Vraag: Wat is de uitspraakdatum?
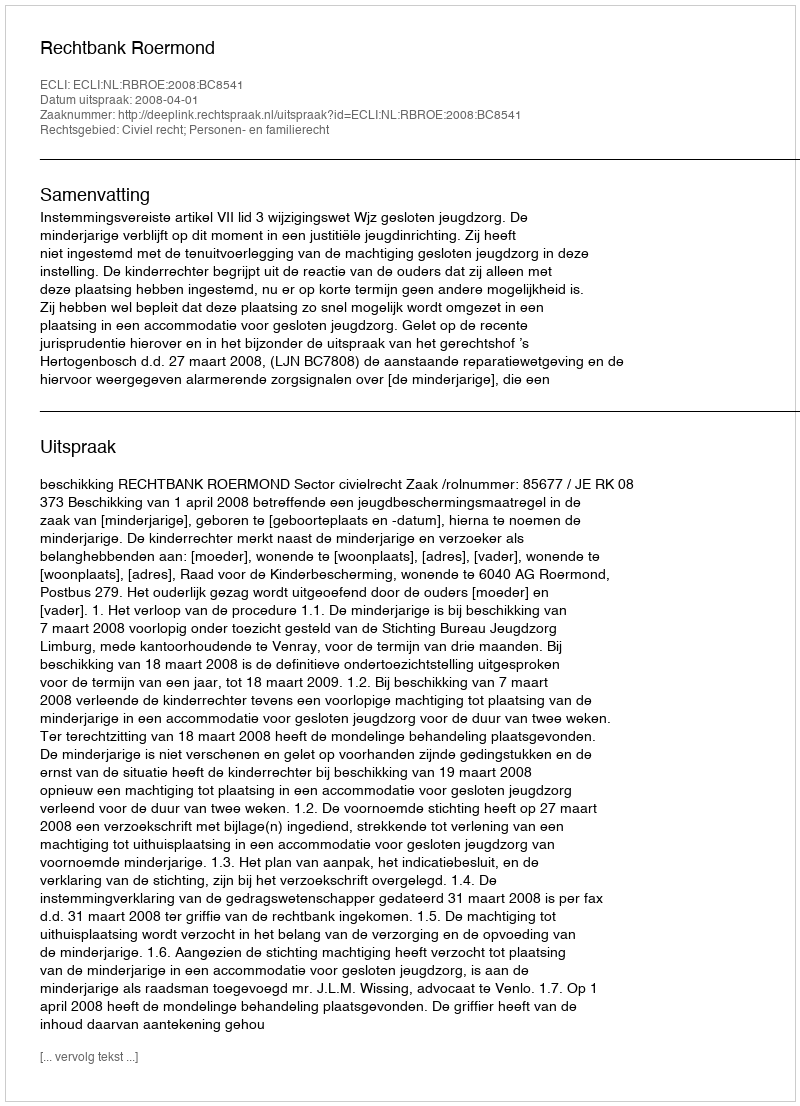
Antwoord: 2008-04-01